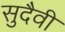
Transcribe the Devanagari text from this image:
सुदैवी